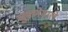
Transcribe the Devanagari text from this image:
चुकनेवाले